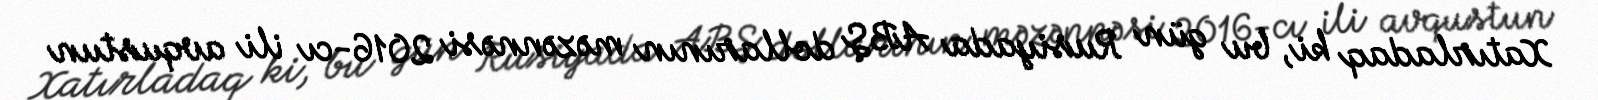
Xatırladaq ki, bu gün Rusiyada ABŞ dollarının məzənnəsi 2016-cı ili avqustun